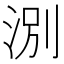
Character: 𪶃